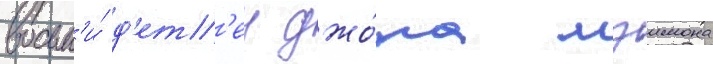
восьм'и́ д'ет'еи джо́на мэимона